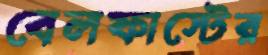
বেলফাস্টের